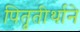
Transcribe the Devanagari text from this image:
पितृतीर्थाने